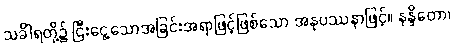
သင်္ခါရတို့၌ ငြီးငွေ့သောအခြင်းအရာဖြင့်ဖြစ်သော အနုပဿနာဖြင့်။ နန္ဒိတော၊